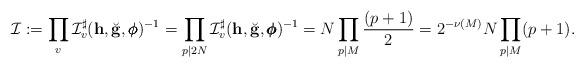
LaTeX: \begin{align*} \mathcal I & := \prod_v \mathcal I_v^{\sharp}(\mathbf h,\breve{\mathbf g},\pmb{\phi})^{-1} = \prod_{p \mid 2N} \mathcal I_v^{\sharp}(\mathbf h,\breve{\mathbf g},\pmb{\phi})^{-1} = N \prod_{p\mid M} \frac{(p+1)}{2} = 2^{-\nu(M)} N \prod_{p\mid M} (p+1). \end{align*}